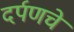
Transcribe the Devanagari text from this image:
दर्पणचे